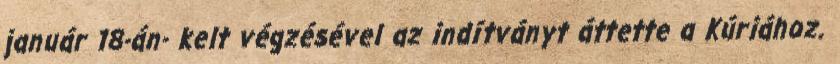
január 18-án- kelt végzésével az indítványt áttette a Kúriához.